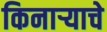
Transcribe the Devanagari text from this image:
किनाऱ्याचे